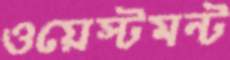
ওয়েস্টমন্ট